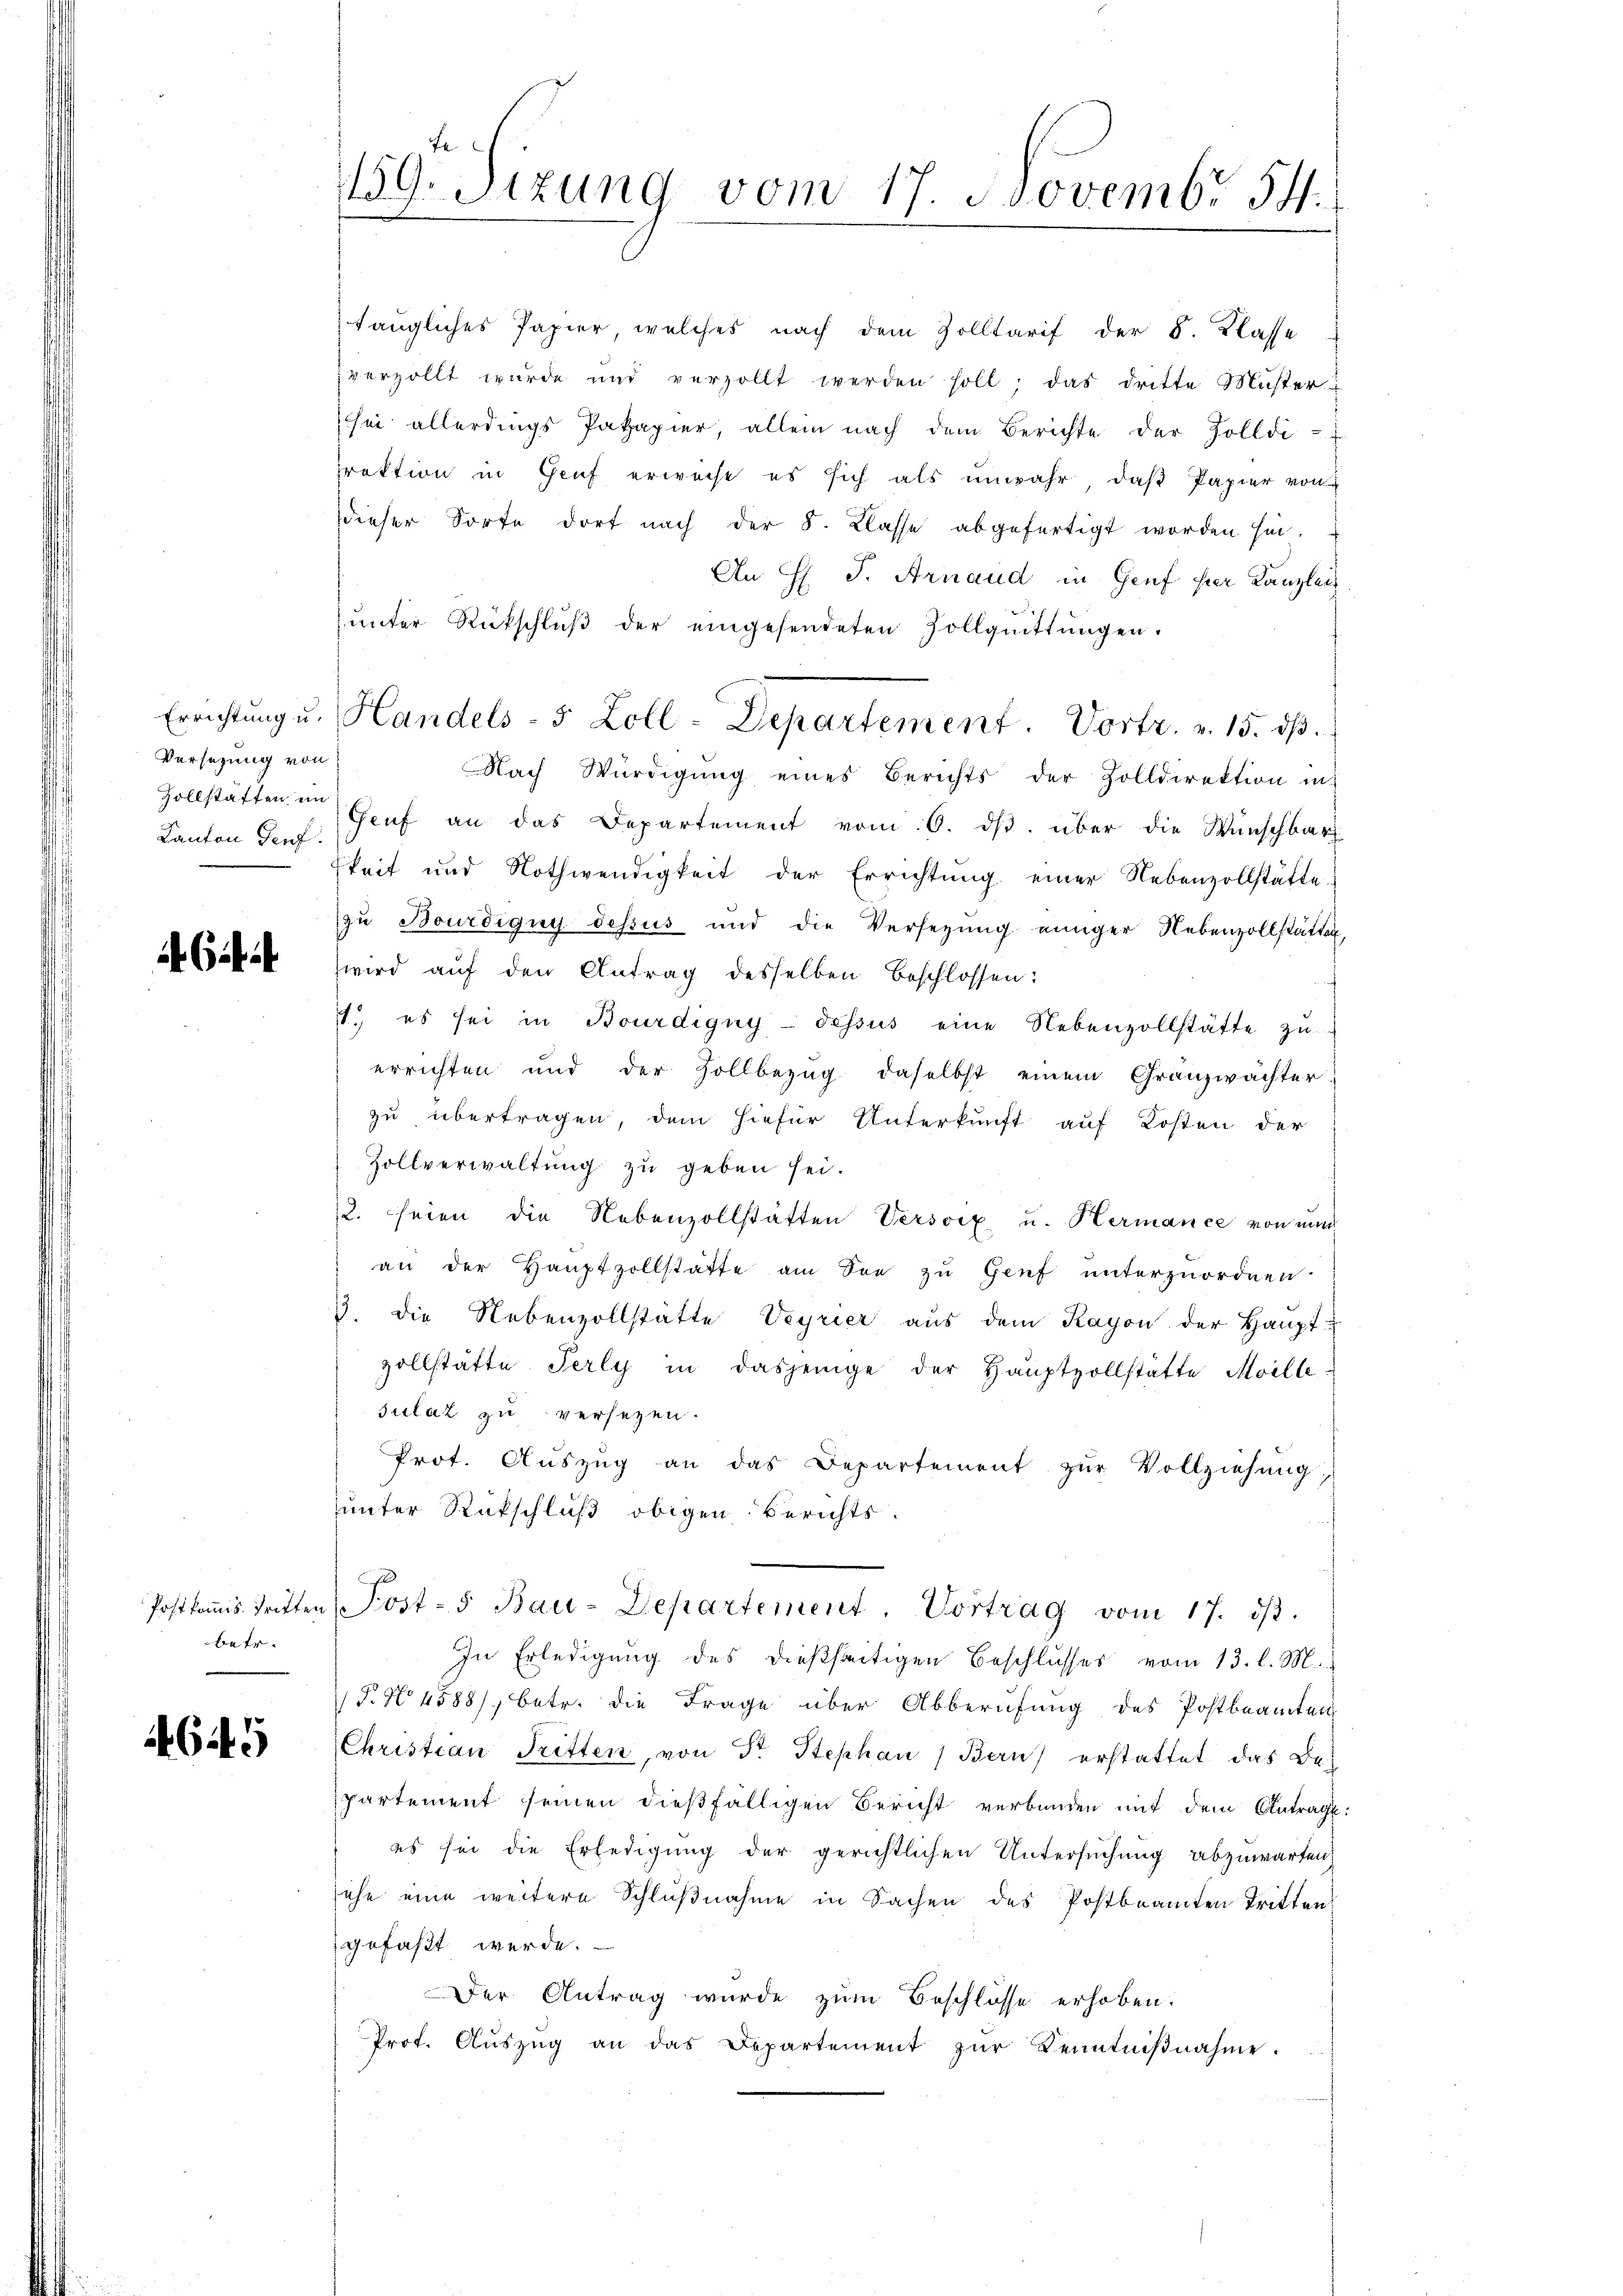
Errichtung u.
Versezung von
Kanton Genf.

62 f.

Postkommis Tritten
betr.

46445

fe
159. Sizung vom 17. Novembr 54.

taugliches Papier welches nach dem Zolltarif der B. Klasse
verzollt wurde und verzollt werden soll; das dritte Musteru
sei allerdings Pakapier, allein nach dem Berichte der Zolldi-
raktion in Genf erweise es sich als unwahr, daβ Papier von
dieser Sorte dort nach der 8. Klasse abgefertigt worden sei.
An H. J. Arnaud in Genf hier Kanzleiz
ŭnter Rückschlŭβ der eingesendeten Zollquittungen.
Nach Würdigŭng eines Berichts der Zolldirektion in
Zollstätten Genf an das Departement vom 6. dβ über die Wünschbar
keit und Nothwendigkeit der Errichtung einer Nebenzollstätte.
zu Bourdigny dessus und die Versetzŭng einiger Nebenzollstätten
wird auf den Antrag desselben beschlossen:
f
., es sei in Bourdigny-dessus eine Nebenzollstätte zu
errichten und der Zollbezug daselbst einem Granzwächter
zu übertragen, dem hiefür Unterkunft auf Kosten der
Zollverwaltung zu geben sei.
2. seien die Nebenzollstätten Versorz u. Hermance von nun
an der Hauptzollstatte am See zu Genf unterzuordnen.
. die Nebenzollstätte Veyrier aus dem Rayon der Haupt-
zollstätte Perly in dasjenige der Hauptvollstätte Meille
sulat zu versezen.
Prot. Aŭszŭg an das Departement zŭr Vollziehŭng,
sunter Rückschluß obigen Berichts.
Post-5 Bau-Departement. Vortrag vom 17. dβ.
In Erledigung des dießseitigen Beschlusses vom 13. l. M.
P. No 4588), betr. die Frage über Abberufung des Postbeamten
Christian Tritten, von Dr. Stephan Bern) erstattet das Bepartement seinen dießfälligen Bericht verbunden mit dem Antrage:
es sei die Erledigung der gerichtlichen Untersuchung abzuwarten,
sehe eine weitere Schlußnahme in Sachen des Postbeamten Tritten
gefaßt werde.
Der Antrag wurde zum Beschlosse erhoben.
Prof. Aŭszŭg an das Departement zŭr Kenntniβnahme.

Handels- 5 Zoll-Departement. Vortr. v. 15. dβ.